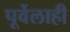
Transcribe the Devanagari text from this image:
पूर्वेलाही